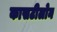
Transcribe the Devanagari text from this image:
कासटीलोन